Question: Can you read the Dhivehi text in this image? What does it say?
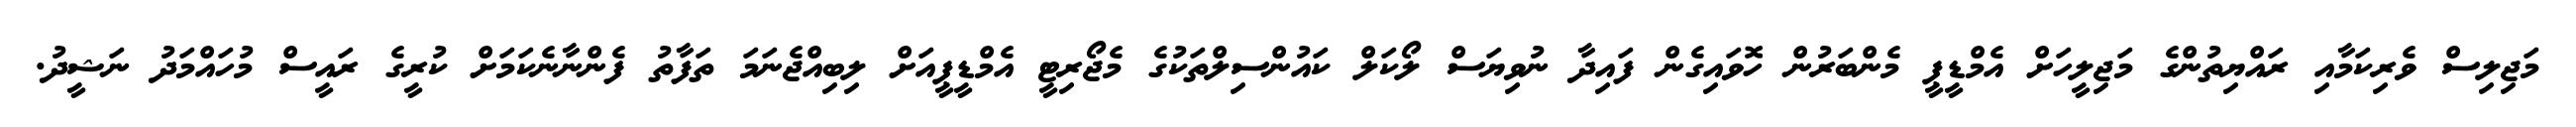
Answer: މަޖިލިސް ވެރިކަމާއި ރައްޔިތުންގެ މަޖިލީހަށް އެމްޑީޕީ މެންބަރުން ހޮވައިގެން ފައިދާ ނުވިޔަސް ލޯކަލް ކައުންސިލްތަކުގެ މެޖޯރިޓީ އެމްޑީޕީއަށް ލިބިއްޖެނަމަ ތަފާތު ފެންނާނެކަމަށް ކުރީގެ ރައީސް މުހައްމަދު ނަޝީދު.